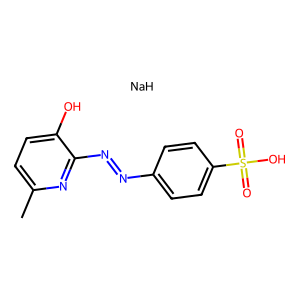
SMILES: Cc1ccc(O)c(N=Nc2ccc(S(=O)(=O)O)cc2)n1.[NaH]
Inhibits HIV replication: No